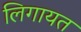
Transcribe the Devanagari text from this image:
लिगायत